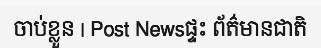
ចាប់ខ្លួន | Post Newsផ្ទះ ព័ត៌មានជាតិ